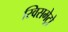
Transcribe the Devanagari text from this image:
स्विसमेट्रो